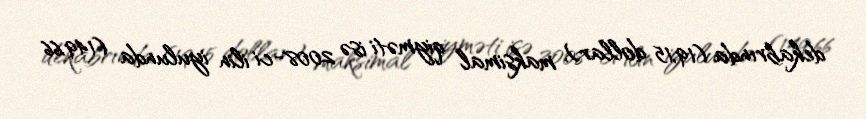
dekabrında (19,15 dollar), maksimal qiyməti isə 2008-ci ilin iyulunda (149,66